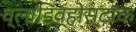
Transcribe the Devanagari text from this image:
व्लाडिव्होस्टॉक